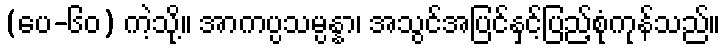
(ပေ-၆၀) ကဲ့သို့။ အာကပ္ပသမ္ပန္နာ၊ အသွင်အပြင်နှင့်ပြည့်စုံကုန်သည်။